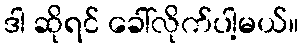
ဒါ ဆိုရင် ခေါ်လိုက်ပါ့မယ်။